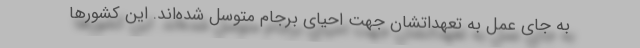
به جای عمل به تعهداتشان جهت احیای برجام متوسل شده‌اند. این کشورها